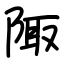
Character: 陬